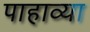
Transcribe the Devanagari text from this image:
पाहाव्या